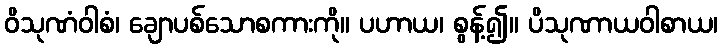
ဝိသုဏံဝါစံ၊ ချောပစ်သောစကားကို။ ပဟာယ၊ စွန့်၍။ ပိသုဏာယဝါစာယ၊